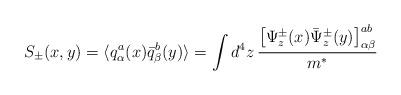
LaTeX: \begin{align*}S_{\pm}(x,y)= \langle q^{a}_{\alpha}(x) {\bar q}^{b}_{\beta}(y) \rangle= \int d^{4}z \, \frac{\left[ \Psi ^{\pm}_{z}(x){\bar\Psi}^{\pm}_{z}(y) \right]^{ab}_{\alpha\beta}}{m^{*}}\end{align*}